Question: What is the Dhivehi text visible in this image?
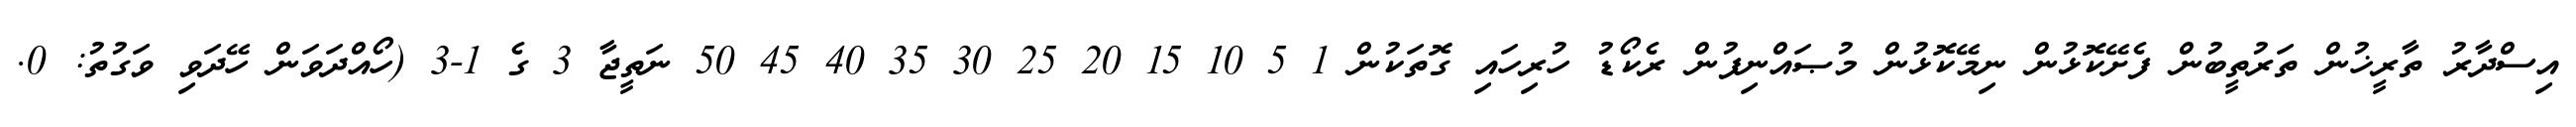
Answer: އިސްދާރު ތާރީޚުން ތަރުތީބުން ފެށޭކޮޅުން ނިމޭކޮޅުން މުޞައްނިފުން ރެކޯޑު ހުރިހައި ގޮތަކުން 1 5 10 15 20 25 30 35 40 45 50 ނަތީޖާ 3 ގެ 1-3 (ހޯއްދަވަން ހޭދަވި ވަގުތު: 0.